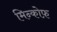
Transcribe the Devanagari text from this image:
मिन्कोफ़